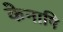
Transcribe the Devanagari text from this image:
केनापि